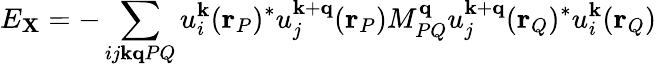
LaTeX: E_{\mathbf{X}}=-\sum_{ij\mathbf{{k}}\mathbf{{q}}PQ}u_{i}^{\mathbf{{k}}}(\mathbf{{r}}_{P})^{*}u_{j}^{\mathbf{{k}}+\mathbf{{q}}}(\mathbf{{r}}_{P})M_{PQ}^{\mathbf{{q}}}u_{j}^{\mathbf{{k}}+\mathbf{{q}}}(\mathbf{{r}}_{Q})^{*}u_{i}^{\mathbf{{k}}}(\mathbf{{r}}_{Q})